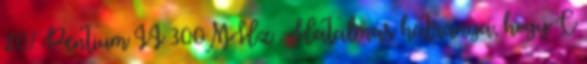
20% Pentium II 300MHz . Hatalmas hátránya, hogy C